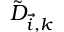
\tilde { D } _ { \vec { i } , k }